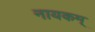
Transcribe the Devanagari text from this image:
नायकम्‌